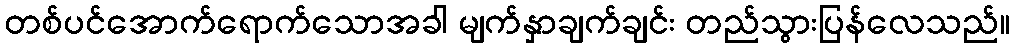
တစ်ပင်အောက်ရောက်သောအခါ မျက်နှာချက်ချင်း တည်သွားပြန်လေသည်။